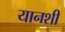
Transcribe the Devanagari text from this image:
यानशी